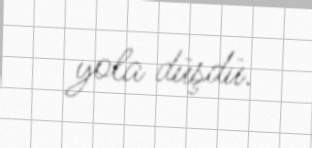
yola düşdü.